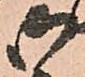
御